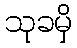
သုခမှိ